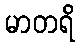
မာတရိ